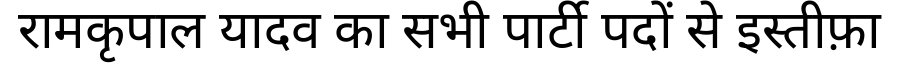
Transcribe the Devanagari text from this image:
रामकृपाल यादव का सभी पार्टी पदों से इस्तीफ़ा